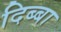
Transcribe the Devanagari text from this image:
दिब्बा